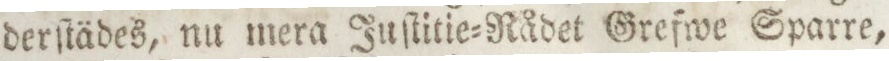
derſtädes, nu mera Juſtitie=Rådet Grefwe Sparre,